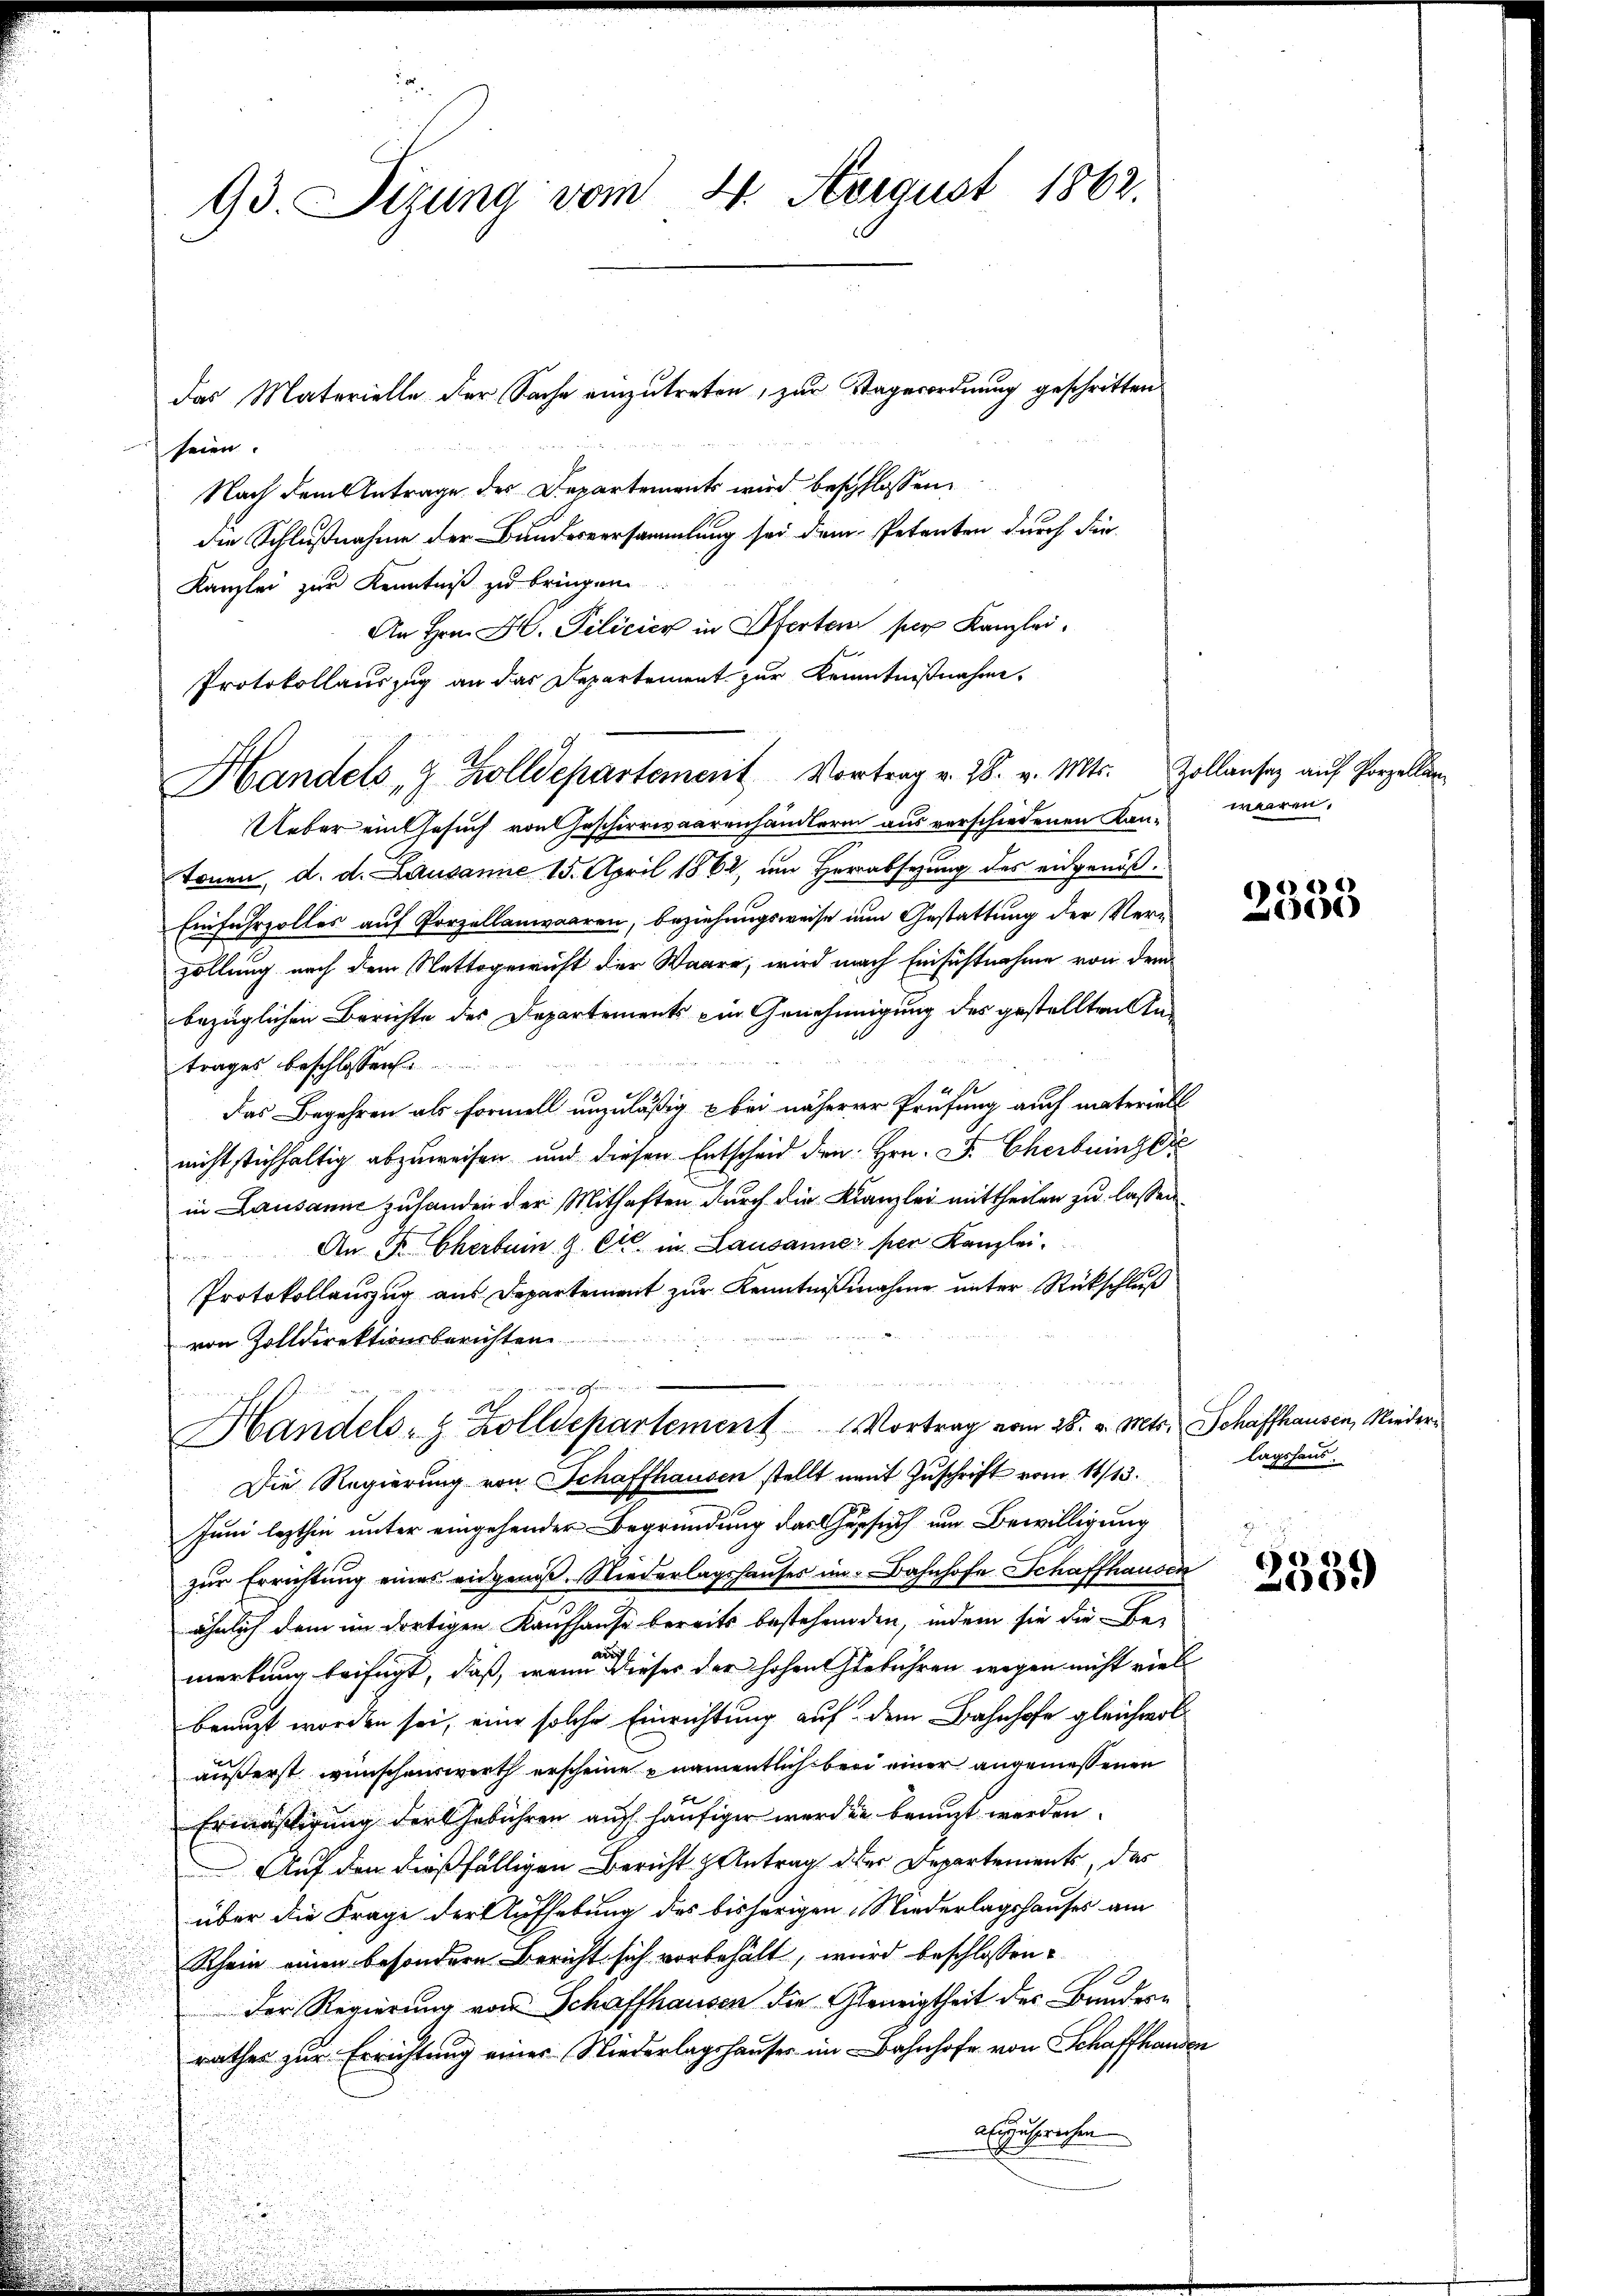
93. Sizung vom 4. August 1862.

seien.
Nach dem Antrage der Departements wird beschlossen,
die Schlußnahme der Bundesversammlung sei dem Petenten durch die
Kanzlei zur Kenntniß zu bringen
An Hrn. H. Pilicier in Ofertem per Kanzlei,
Protokollauszug an das Departement zur Kenntnißnahme.
Handels & Zolldepartement Vortrag v. 28. v. Mts. Zollauses auf Porzellan
Ueber ein Gesuch von Geschirrwaarenhändlerin aus verschiedenen Kan- waren.
tonen, d. d. Lausanne 15. April 1864, um Herabsezung des eidgenöß¬
Einfuhrzolles auf Porzellanwaaren, beziehungsweise zum Gestattung der Verezollung nach dem Nettogericht der Waare, wird nach Einsichtnahme von dem
bezüglichen Berichte des Departements ein Genehmigung des gestellten And
trages beschlossen
Das Begehren als Formell unzuläßig & bei näherer Prüfung auch materiell
nicht stichhaltig abzuweisen und diesen Entscheid den Hrn. F. Cherbringer
in Lausanne zuhanden der Mithaften durch die Kanzlei mittheilen zu lassen.
An R. Cherbein G. Cts. in Lausanne per Kanzlei.
Protokollauszug aus Departement zur Kenntnißnahme unter Rückschluß
von Zolldirektionsberichten
 Ehre
Handels- & Zolldepartement Vortrag vom 28. v. Mts. Schaffhausen, Nieder¬
Die Regierung von Schaffhausen stellt nait Zuschrift vom 14/13.
Juni lezthin unter eingehender Begründung das Gesuch um Bewilligung
zur Errichtung eines eidgenöß. Niederlagshauses im Bahnhofe Schaffhausen
ähnlich dem im dortigen Kaufhause bereits bestehenden, indem sie die Be-
au
merkung beifügt, daß, wenn dieses der hohen Gebühren wegen nicht viel
i
benuzt worden sei, eine solche Einrichtung auf dem Bahnhofe gleichwoläußerst wünschenswerth erscheine namentlich bei einer angemessenen
Ermäßigung der Gebühren auf häufiger werden benuzt werden.
Auf den dießfälligen Bericht & Antrag der Departements, das
über die Frage der Aufhebung des bisherigen Niederlagshauses am
Rhein einen besondere Bericht sich vorbehält, wird beschlossen:
Der Regierung von Schaffhausen die Geneigtheit der Baudern
rathes zur Errichtung eines Niederlagshauses im Bahnhofe von Schaffhausen
abzusprechen
d

das Materielle der Sache einzutreten, zur Tagerordnung geschritten

) 2)
66)

lagshaus.

2339